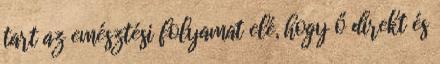
tart az emésztési folyamat elé, hogy ő direkt és